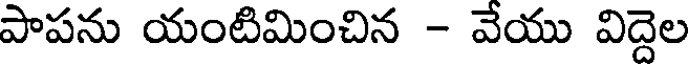
పాపను యంటిమించిన - వేయు విద్దెల